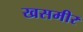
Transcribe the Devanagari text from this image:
खसमीर